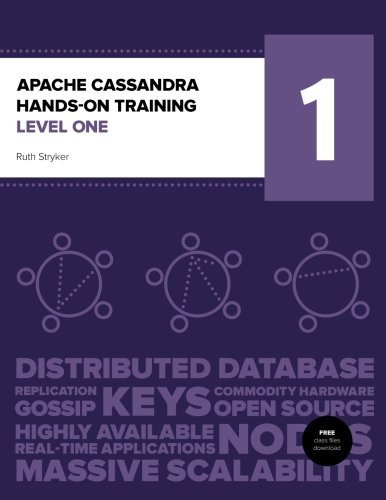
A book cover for Apache Cassandra Hands-On Training Level One; Ruth Stryker; Computers & Technology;